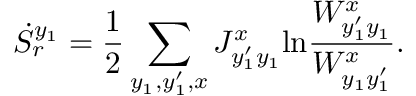
\dot { S } _ { r } ^ { y _ { 1 } } = \frac { 1 } { 2 } \sum _ { y _ { 1 } , y _ { 1 } ^ { \prime } , x } J _ { y _ { 1 } ^ { \prime } y _ { 1 } } ^ { x } \mathrm { l n } \frac { W _ { y _ { 1 } ^ { \prime } y _ { 1 } } ^ { x } } { W _ { y _ { 1 } y _ { 1 } ^ { \prime } } ^ { x } } .